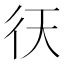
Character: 𢓍